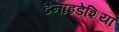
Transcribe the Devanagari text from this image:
टैनाइडेशिया